Plague in India, 1896, 1897 - Volume 1
Year: 1896
Disease focus: Plague
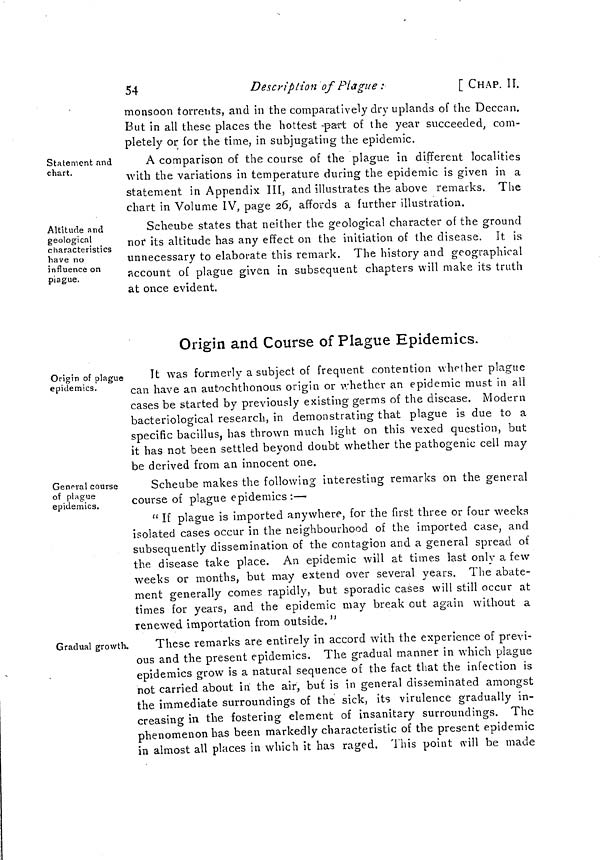
54
Description of Plague :
[ CHAP. II.
monsoon torreuts, and in the comparatively dry uplands of the Deccan.
But in all these places the hottest part of the year succeeded, com-
pletely or for the time, in subjugating the epidemic.
Statement and
chart.
A comparison of the course of the plague in different localities
with the variations in temperature during the epidemic is given in a
statement in Appendix III, and illustrates the above remarks. The
chart in Volume IV, page 26, affords a further illustration.
Altitude and
geological
characteristics
have no
influence on
piague.
Scheube states that neither the geological character of the ground
nor its altitude has any effect on the initiation of the disease. It is
unnecessary to elaborate this remark. The history and geographical
account of plague given in subsequent chapters will make its truth
at once evident.
Origin and Course of Plague Epidemics.
Origin of plague
epidemics.
It was formerly a subject of frequent contention whether plague
can have an autochthonous origin or whether an epidemic must in all
cases be started by previously existing germs of the disease. Modern
bacteriological research, in demonstrating that plague is due to a
specific bacillus, has thrown much light on this vexed question, but
it has not been settled beyond doubt whether the pathogenic cell may
be derived from an innocent one.
General course
of plague
epidemics.
Scheube makes the following interesting remarks on the general
course of plague epidemics :—
" If plague is imported anywhere, for the first three or four weeks
isolated cases occur in the neighbourhood of the imported case, and
subsequently dissemination of the contagion and a general spread of
the disease take place. An epidemic will at times last only a few
weeks or months, but may extend over several years. The abate-
ment generally comes rapidly, but sporadic cases will still occur at
times for years, and the epidemic may break out again without a
renewed importation from outside. "
Gradual growth.
These remarks are entirely in accord with the experience of previ-
ous and the present epidemics. The gradual manner in which plague
epidemics grow is a natural sequence of the fact that the infection is
not carried about in the air, but is in general disseminated amongst
the immediate surroundings of the sick, its virulence gradually in-
creasing in the fostering element of insanitary surroundings. The
phenomenon has been markedly characteristic of the present epidemic
in almost all places in which it has raged. This point will be made